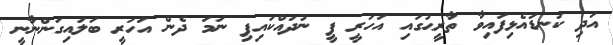
އަދި ކަނޑައެޅިފައިވާ ތާރީޙުގައި އަހަރީ ފީ ނުދައްކައިފި ނަމަ ދެން އަހަރީ ބަލައިގަންނާނީ